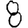
Digit: 8